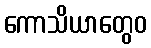
ကောသိယာတွေဝ